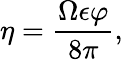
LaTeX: \eta=\frac{\Omega\epsilon\varphi}{8\pi},